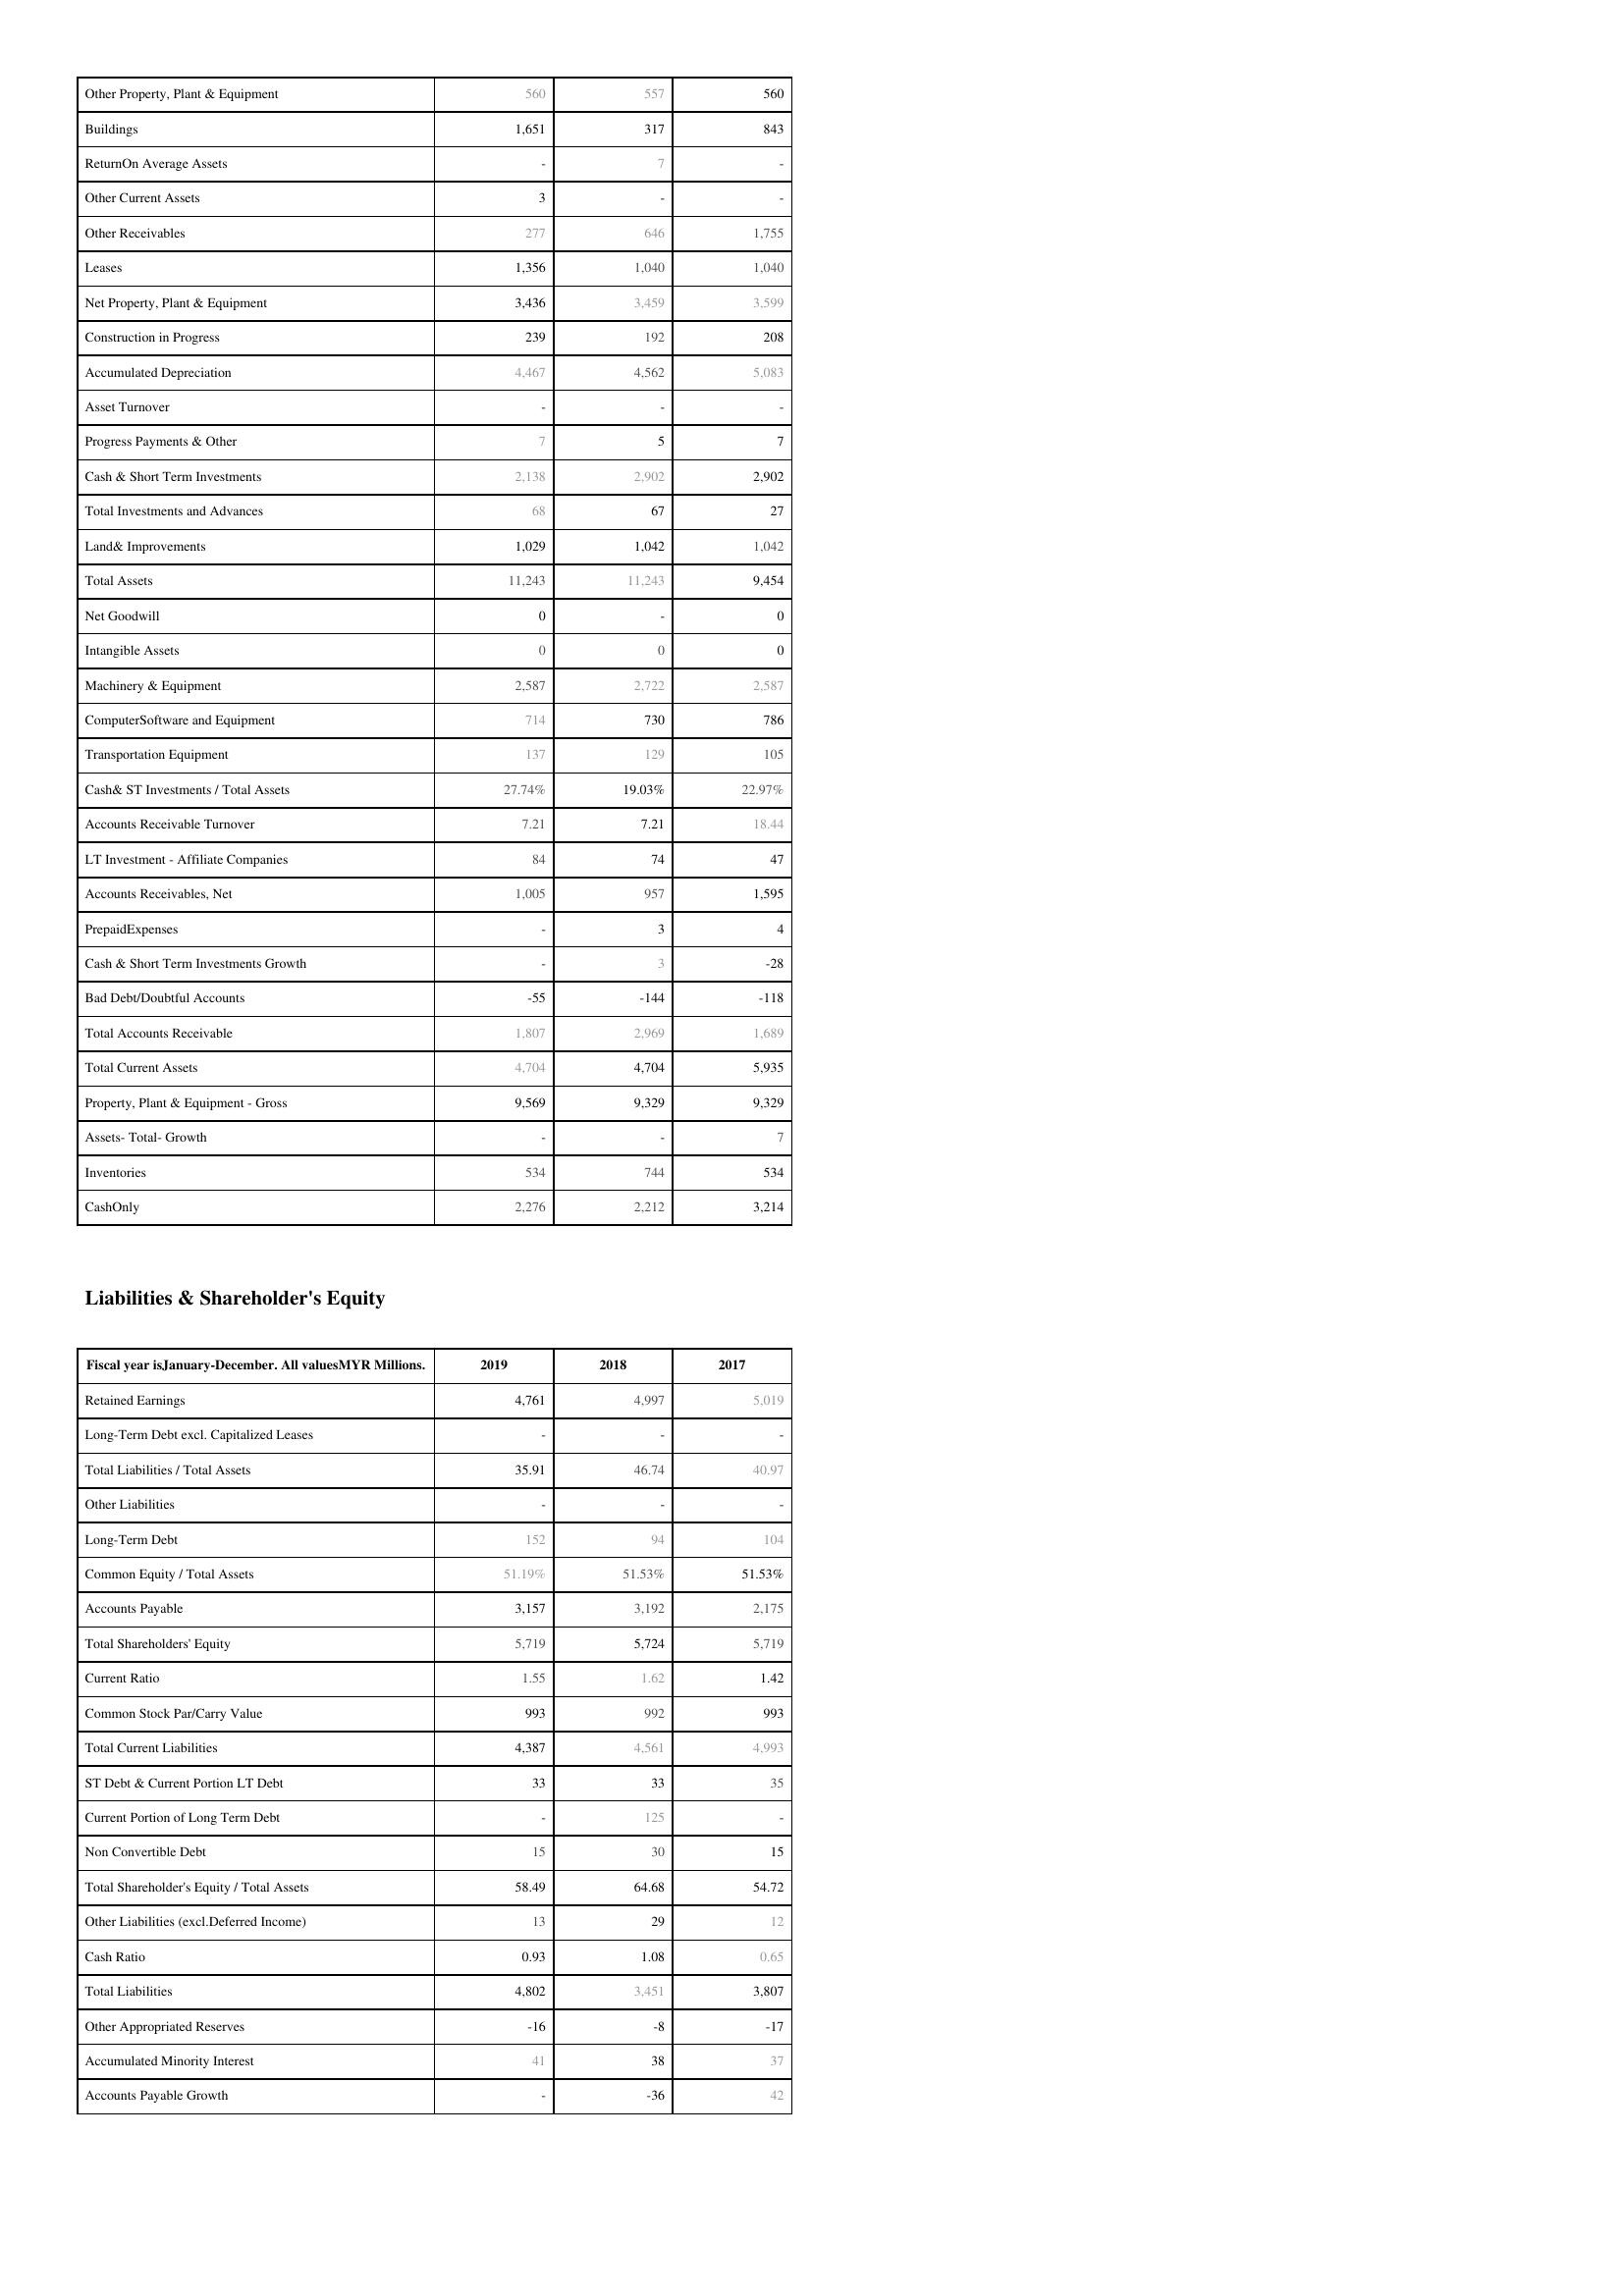
2019: Assets: Other Property, Plant & Equipment: 560
Buildings: 1,651
ReturnOn Average Assets: -
Other Current Assets: 3
Other Receivables: 277
Leases: 1,356
Net Property, Plant & Equipment: 3,436
Construction in Progress: 239
Accumulated Depreciation: 4,467
Asset Turnover: -
Progress Payments & Other: 7
Cash & Short Term Investments: 2,138
Total Investments and Advances: 68
Land& Improvements: 1,029
Total Assets: 11,243
Net Goodwill: 0
Intangible Assets: 0
Machinery & Equipment: 2,587
ComputerSoftware and Equipment: 714
Transportation Equipment: 137
Cash& ST Investments / Total Assets: 27.74%
Accounts Receivable Turnover: 7.21
LT Investment - Affiliate Companies: 84
Accounts Receivables, Net: 1,005
PrepaidExpenses: -
Cash & Short Term Investments Growth: -
Bad Debt/Doubtful Accounts: -55
Total Accounts Receivable: 1,807
Total Current Assets: 4,704
Property, Plant & Equipment - Gross : 9,569
Assets- Total- Growth: -
Inventories: 534
CashOnly: 2,276
Liabilities & Shareholder's Equity: Retained Earnings: 4,761
Long-Term Debt excl. Capitalized Leases: -
Total Liabilities / Total Assets: 35.91
Other Liabilities: -
Long-Term Debt: 152
Common Equity / Total Assets: 51.19%
Accounts Payable: 3,157
Total Shareholders' Equity: 5,719
Current Ratio: 1.55
Common Stock Par/Carry Value: 993
Total Current Liabilities: 4,387
ST Debt & Current Portion LT Debt: 33
Current Portion of Long Term Debt: -
Non Convertible Debt: 15
Total Shareholder's Equity / Total Assets: 58.49
Other Liabilities (excl.Deferred Income): 13
Cash Ratio: 0.93
Total Liabilities: 4,802
Other Appropriated Reserves: -16
Accumulated Minority Interest: 41
Accounts Payable Growth: -
2018: Assets: Other Property, Plant & Equipment: 557
Buildings: 317
ReturnOn Average Assets: 7
Other Current Assets: -
Other Receivables: 646
Leases: 1,040
Net Property, Plant & Equipment: 3,459
Construction in Progress: 192
Accumulated Depreciation: 4,562
Asset Turnover: -
Progress Payments & Other: 5
Cash & Short Term Investments: 2,902
Total Investments and Advances: 67
Land& Improvements: 1,042
Total Assets: 11,243
Net Goodwill: -
Intangible Assets: 0
Machinery & Equipment: 2,722
ComputerSoftware and Equipment: 730
Transportation Equipment: 129
Cash& ST Investments / Total Assets: 19.03%
Accounts Receivable Turnover: 7.21
LT Investment - Affiliate Companies: 74
Accounts Receivables, Net: 957
PrepaidExpenses: 3
Cash & Short Term Investments Growth: 3
Bad Debt/Doubtful Accounts: -144
Total Accounts Receivable: 2,969
Total Current Assets: 4,704
Property, Plant & Equipment - Gross : 9,329
Assets- Total- Growth: -
Inventories: 744
CashOnly: 2,212
Liabilities & Shareholder's Equity: Retained Earnings: 4,997
Long-Term Debt excl. Capitalized Leases: -
Total Liabilities / Total Assets: 46.74
Other Liabilities: -
Long-Term Debt: 94
Common Equity / Total Assets: 51.53%
Accounts Payable: 3,192
Total Shareholders' Equity: 5,724
Current Ratio: 1.62
Common Stock Par/Carry Value: 992
Total Current Liabilities: 4,561
ST Debt & Current Portion LT Debt: 33
Current Portion of Long Term Debt: 125
Non Convertible Debt: 30
Total Shareholder's Equity / Total Assets: 64.68
Other Liabilities (excl.Deferred Income): 29
Cash Ratio: 1.08
Total Liabilities: 3,451
Other Appropriated Reserves: -8
Accumulated Minority Interest: 38
Accounts Payable Growth: -36
2017: Assets: Other Property, Plant & Equipment: 560
Buildings: 843
ReturnOn Average Assets: -
Other Current Assets: -
Other Receivables: 1,755
Leases: 1,040
Net Property, Plant & Equipment: 3,599
Construction in Progress: 208
Accumulated Depreciation: 5,083
Asset Turnover: -
Progress Payments & Other: 7
Cash & Short Term Investments: 2,902
Total Investments and Advances: 27
Land& Improvements: 1,042
Total Assets: 9,454
Net Goodwill: 0
Intangible Assets: 0
Machinery & Equipment: 2,587
ComputerSoftware and Equipment: 786
Transportation Equipment: 105
Cash& ST Investments / Total Assets: 22.97%
Accounts Receivable Turnover: 18.44
LT Investment - Affiliate Companies: 47
Accounts Receivables, Net: 1,595
PrepaidExpenses: 4
Cash & Short Term Investments Growth: -28
Bad Debt/Doubtful Accounts: -118
Total Accounts Receivable: 1,689
Total Current Assets: 5,935
Property, Plant & Equipment - Gross : 9,329
Assets- Total- Growth: 7
Inventories: 534
CashOnly: 3,214
Liabilities & Shareholder's Equity: Retained Earnings: 5,019
Long-Term Debt excl. Capitalized Leases: -
Total Liabilities / Total Assets: 40.97
Other Liabilities: -
Long-Term Debt: 104
Common Equity / Total Assets: 51.53%
Accounts Payable: 2,175
Total Shareholders' Equity: 5,719
Current Ratio: 1.42
Common Stock Par/Carry Value: 993
Total Current Liabilities: 4,993
ST Debt & Current Portion LT Debt: 35
Current Portion of Long Term Debt: -
Non Convertible Debt: 15
Total Shareholder's Equity / Total Assets: 54.72
Other Liabilities (excl.Deferred Income): 12
Cash Ratio: 0.65
Total Liabilities: 3,807
Other Appropriated Reserves: -17
Accumulated Minority Interest: 37
Accounts Payable Growth: 42